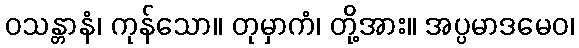
ဝသန္တာနံ၊ ကုန်သော။ တုမှာကံ၊ တို့အား။ အပ္ပမာဒမေဝ၊